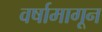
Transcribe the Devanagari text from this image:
वर्षामागून